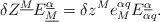
\begin{align*}\delta Z^{\underline M}E_{\underline M}^{\underline\alpha}=\delta z^Me_M^{\alpha q}E_{\alpha q}^{\underline\alpha}.\end{align*}